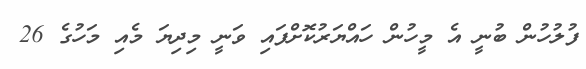
ފުލުހުން ބުނީ އެ މީހުން ހައްޔަރުކޮށްފައި ވަނީ މިދިޔަ މެއި މަހުގެ 26